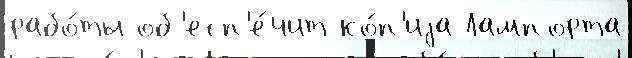
рабо́ты об'есп'е́чит ко́п'иjа Лампорта